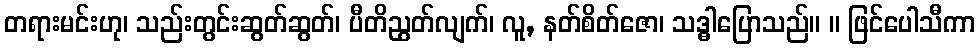
တရားမင်းဟု၊ သည်းတွင်းဆွတ်ဆွတ်၊ ပီတိညွတ်လျက်၊ လူ, နတ်စိတ်ဇော၊ သဒ္ဓါပြောသည်။ ။ ဖြင်ပေါသီကာ